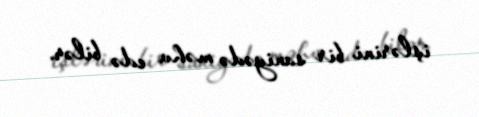
işlərini bir saniyədə məhv edə bilər.